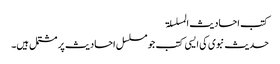
کتب احادیث المسلسلۃ
حدیث نبوی کی ایسی کتب جو مسلسل احادیث پر مشتمل ہیں۔